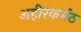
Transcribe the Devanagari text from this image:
अहीरकर्मठ